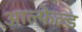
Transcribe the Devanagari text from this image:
आल्फेल्ड